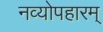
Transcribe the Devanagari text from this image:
नव्योपहारम्